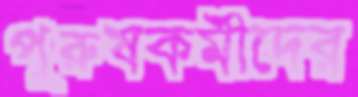
পুরুষকর্মীদের